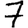
Digit: 7